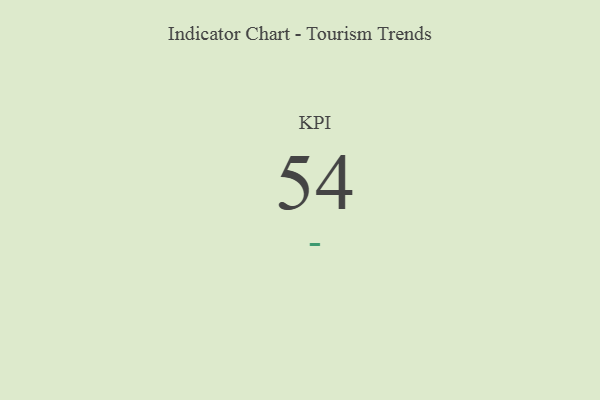
{"axis": {"x": "KPI", "y": "Value"}, "legend": [""], "data": [{"x": "KPI", "y": 54, "type": ""}]}